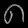
Digit: ၈